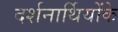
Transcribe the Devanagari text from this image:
दर्शनार्थियोंके